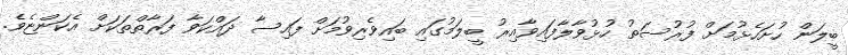
ބީލަން ހުށަހެޅުމަށް ފުރުސަތު ހުޅުވާލާފައިވާއިރު ބީލަމުގައި ބައިވެރިވުމަށް ފައިސާ ދައްކަވާ ފަރާތްތަކަށް އެކަންޏެވެ.